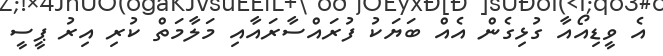
އެ ވީޑިއޯއާ ގުޅިގެން އެއް ބަޔަކު ފުރައްސާރައާއި މަލާމަތް ކުރި އިރު ޕީސީ